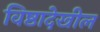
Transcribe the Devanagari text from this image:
विष्ठादेखील